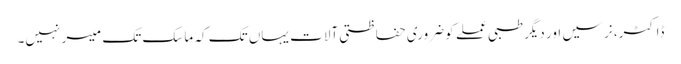
ڈاکٹر، نرسیں اور دیگر طبی عملے کو ضروری حفاظتی آلات یہاں تک کہ ماسک تک میسر نہیں۔